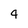
Character: 4